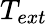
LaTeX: T_{ext}